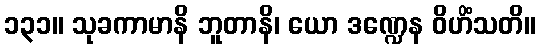
၁၃၁။ သုခကာမာနိ ဘူတာနိ၊ ယော ဒဏ္ဍေန ဝိဟိံသတိ။